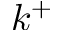
k ^ { + }